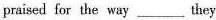
praised for the way___they